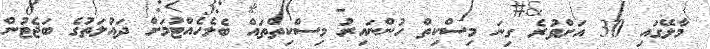
މާލޭގައި 30 އަށްވުރެ ގިނަ މިސްކިތް ހުންނައިރު މިސްކިތްތައް ބެލެހެއްޓުމަށް ދައުލަތުގެ ބަޖެޓުން